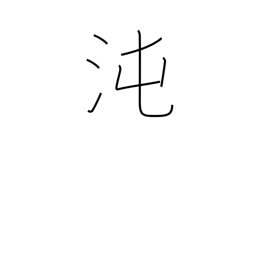
Meaning: primeval chaos